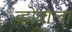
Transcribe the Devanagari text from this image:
व्होवाला